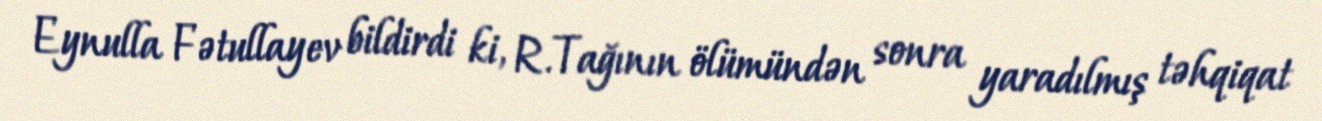
Eynulla Fətullayev bildirdi ki, R.Tağının ölümündən sonra yaradılmış təhqiqat